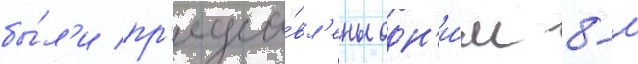
бы́л'и пр'едста́вл'ены одн'и́м 8-м